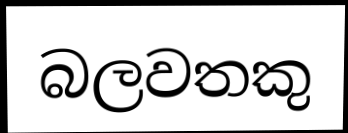
බලවතකු